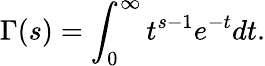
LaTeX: \Gamma(s)=\int_{0}^{\infty}t^{s-1}e^{-t}dt.